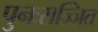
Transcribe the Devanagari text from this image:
पुनःसज्जित